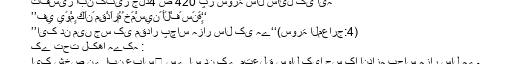
تفسیر ابن کثیر جلد4 ص 420 پر سورۂ سأل سائل کی آیہ
’’فِي يَوْمٍ كَانَ مِقْدَارُ‌هُ خَمْسِينَ أَلْفَ سَنَةٍ‘‘
’’ایک دن میں جس کی مقدار پچاس ہزار سال کی ہے‘‘(سورۃ المعارج:4)
کے تحت لکھا ہےکہ :
ایک شخص نے ابن عباس﷜ سے اس دن کے متعلق سوال کیا جس کا اندازہ پچاس ہزار سال ہے۔